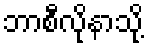
ဘာစီလိုနာသို့